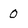
Character: 0